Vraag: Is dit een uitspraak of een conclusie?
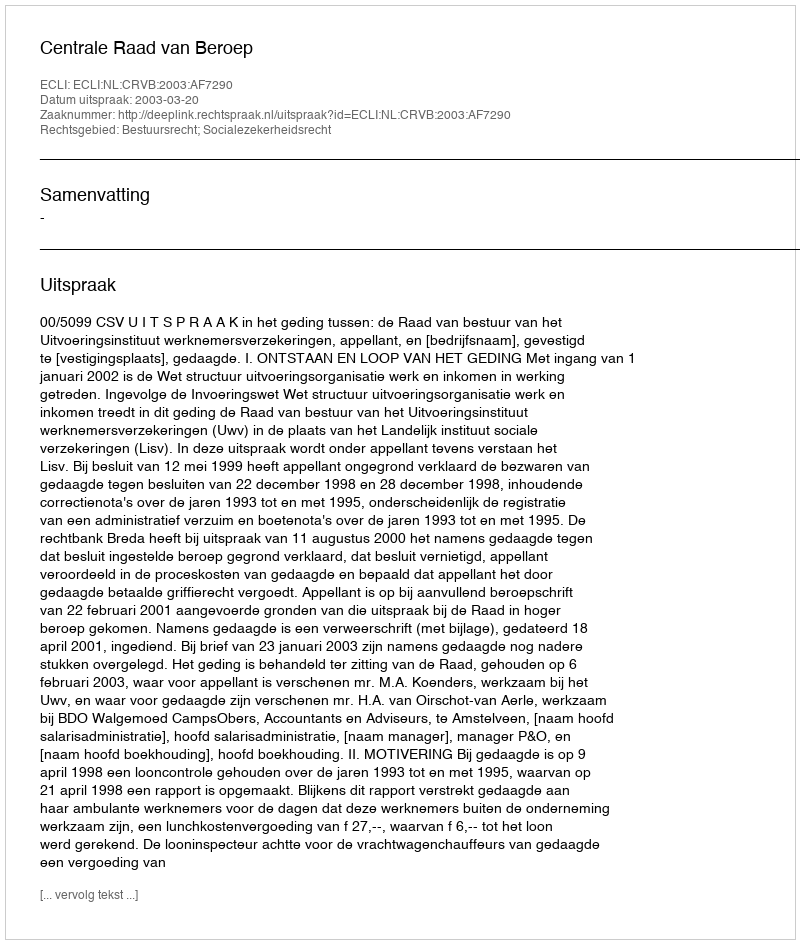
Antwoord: Uitspraak